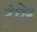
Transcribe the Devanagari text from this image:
ट्रंपेर